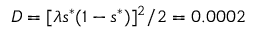
D = [ \lambda s ^ { * } ( 1 - s ^ { * } ) ] ^ { 2 } / 2 = 0 . 0 0 0 2